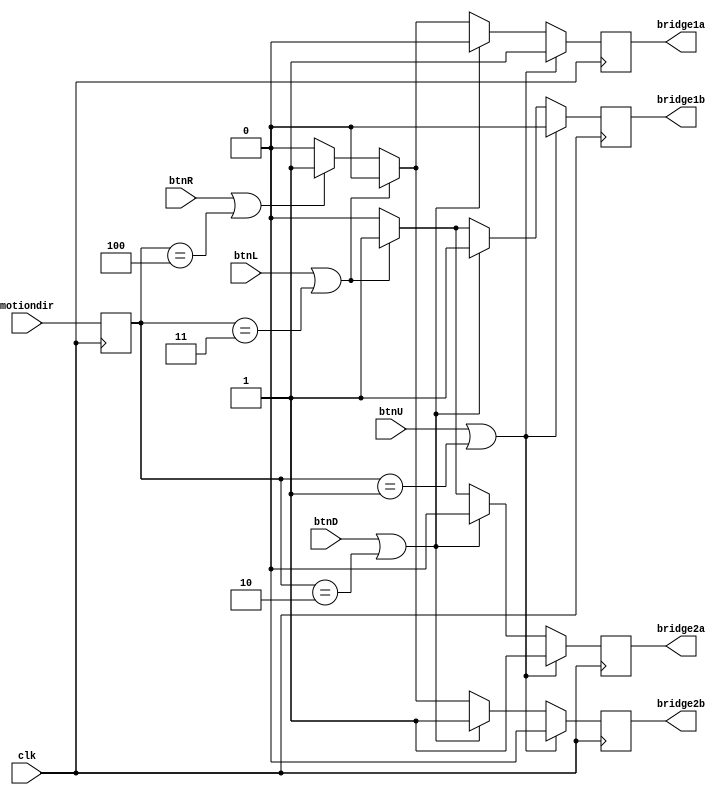
module motorcontrol(
    input clk,
    input btnU,
    input btnD,
    input btnL,
    input btnR,
    input wire [3:0] motiondir,
    output reg bridge1a,
    output reg bridge2a,
    output reg bridge1b,
    output reg bridge2b
  
);

reg [3:0] motiondir_reg;

// 0 is rest
// 1 is forwards
// 2 is backwards
// 3 is turn right
// 4 is turn left
// We can add more moves later
always @(posedge clk) begin
     motiondir_reg <= motiondir[3:0];
    if (btnU == 1 || motiondir_reg == 1 ) begin
        bridge1a = 1;
        bridge1b = 0;
        bridge2a = 1;
        bridge2b = 0;
    end
    else if (btnD == 1 || motiondir_reg == 2) begin
        bridge1a = 0;
        bridge1b = 1;
        bridge2a = 0;
        bridge2b = 1; 
    end
    else if (btnL == 1 || motiondir_reg == 3) begin
        bridge1a = 0;
        bridge1b = 1;
        bridge2a = 1;
        bridge2b = 0; 
    end
    else if (btnR == 1 || motiondir_reg == 4) begin
        bridge1a = 1;
        bridge1b = 0;
        bridge2a = 0;
        bridge2b = 1; 
    end
    else begin
        bridge1a = 0;
        bridge1b = 0;
        bridge2a = 0;
        bridge2b = 0; 
    end
end



endmodule